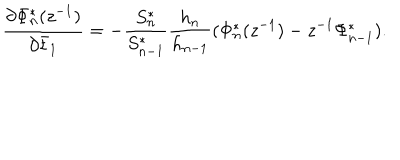
LaTeX: \frac { \partial \Phi _ { n } ^ { * } ( z ^ { - 1 } ) } { \partial \bar { t } _ { 1 } } = - \frac { S _ { n } ^ { * } } { S _ { n - 1 } ^ { * } } \frac { h _ { n } } { h _ { n - 1 } } ( \Phi _ { n } ^ { * } ( z ^ { - 1 } ) - z ^ { - 1 } \Phi _ { n - 1 } ^ { * } ) .